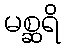
မစ္ဆရိ